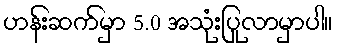
ဟန်းဆက်မှာ 5.0 အသုံးပြုလာမှာပါ။